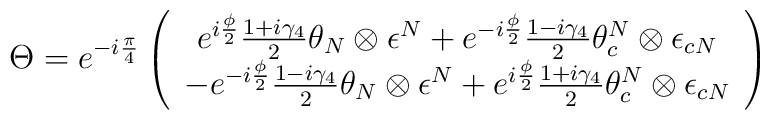
\Theta =e^{-i\frac{\pi }{4}}\left( \begin{array}{c}e^{i\frac{\phi }{2}}\frac{1+i\gamma _{4}}{2}\theta _{N}\otimes \epsilon ^{N}+e^{-i\frac{\phi }{2}}\frac{1-i\gamma _{4}}{2}\theta _{c}^{N}\otimes \epsilon _{cN}\\-e^{-i\frac{\phi }{2}}\frac{1-i\gamma _{4}}{2}\theta _{N}\otimes \epsilon ^{N}+e^{i\frac{\phi }{2}}\frac{1+i\gamma _{4}}{2}\theta _{c}^{N}\otimes \epsilon _{cN}\end{array}\right)